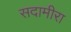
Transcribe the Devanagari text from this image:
सदामीरा